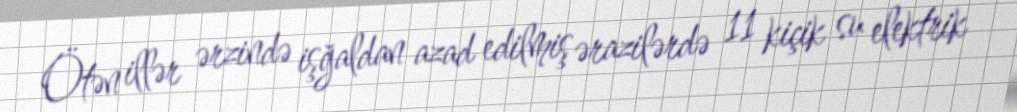
Ötən illər ərzində işğaldan azad edilmiş ərazilərdə 11 kiçik su elektrik